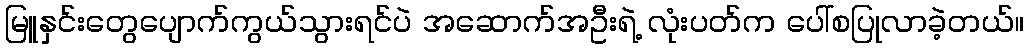
မြူနှင်းတွေပျောက်ကွယ်သွားရင်ပဲ အဆောက်အဦးရဲ့ လုံးပတ်က ပေါ်စပြုလာခဲ့တယ်။